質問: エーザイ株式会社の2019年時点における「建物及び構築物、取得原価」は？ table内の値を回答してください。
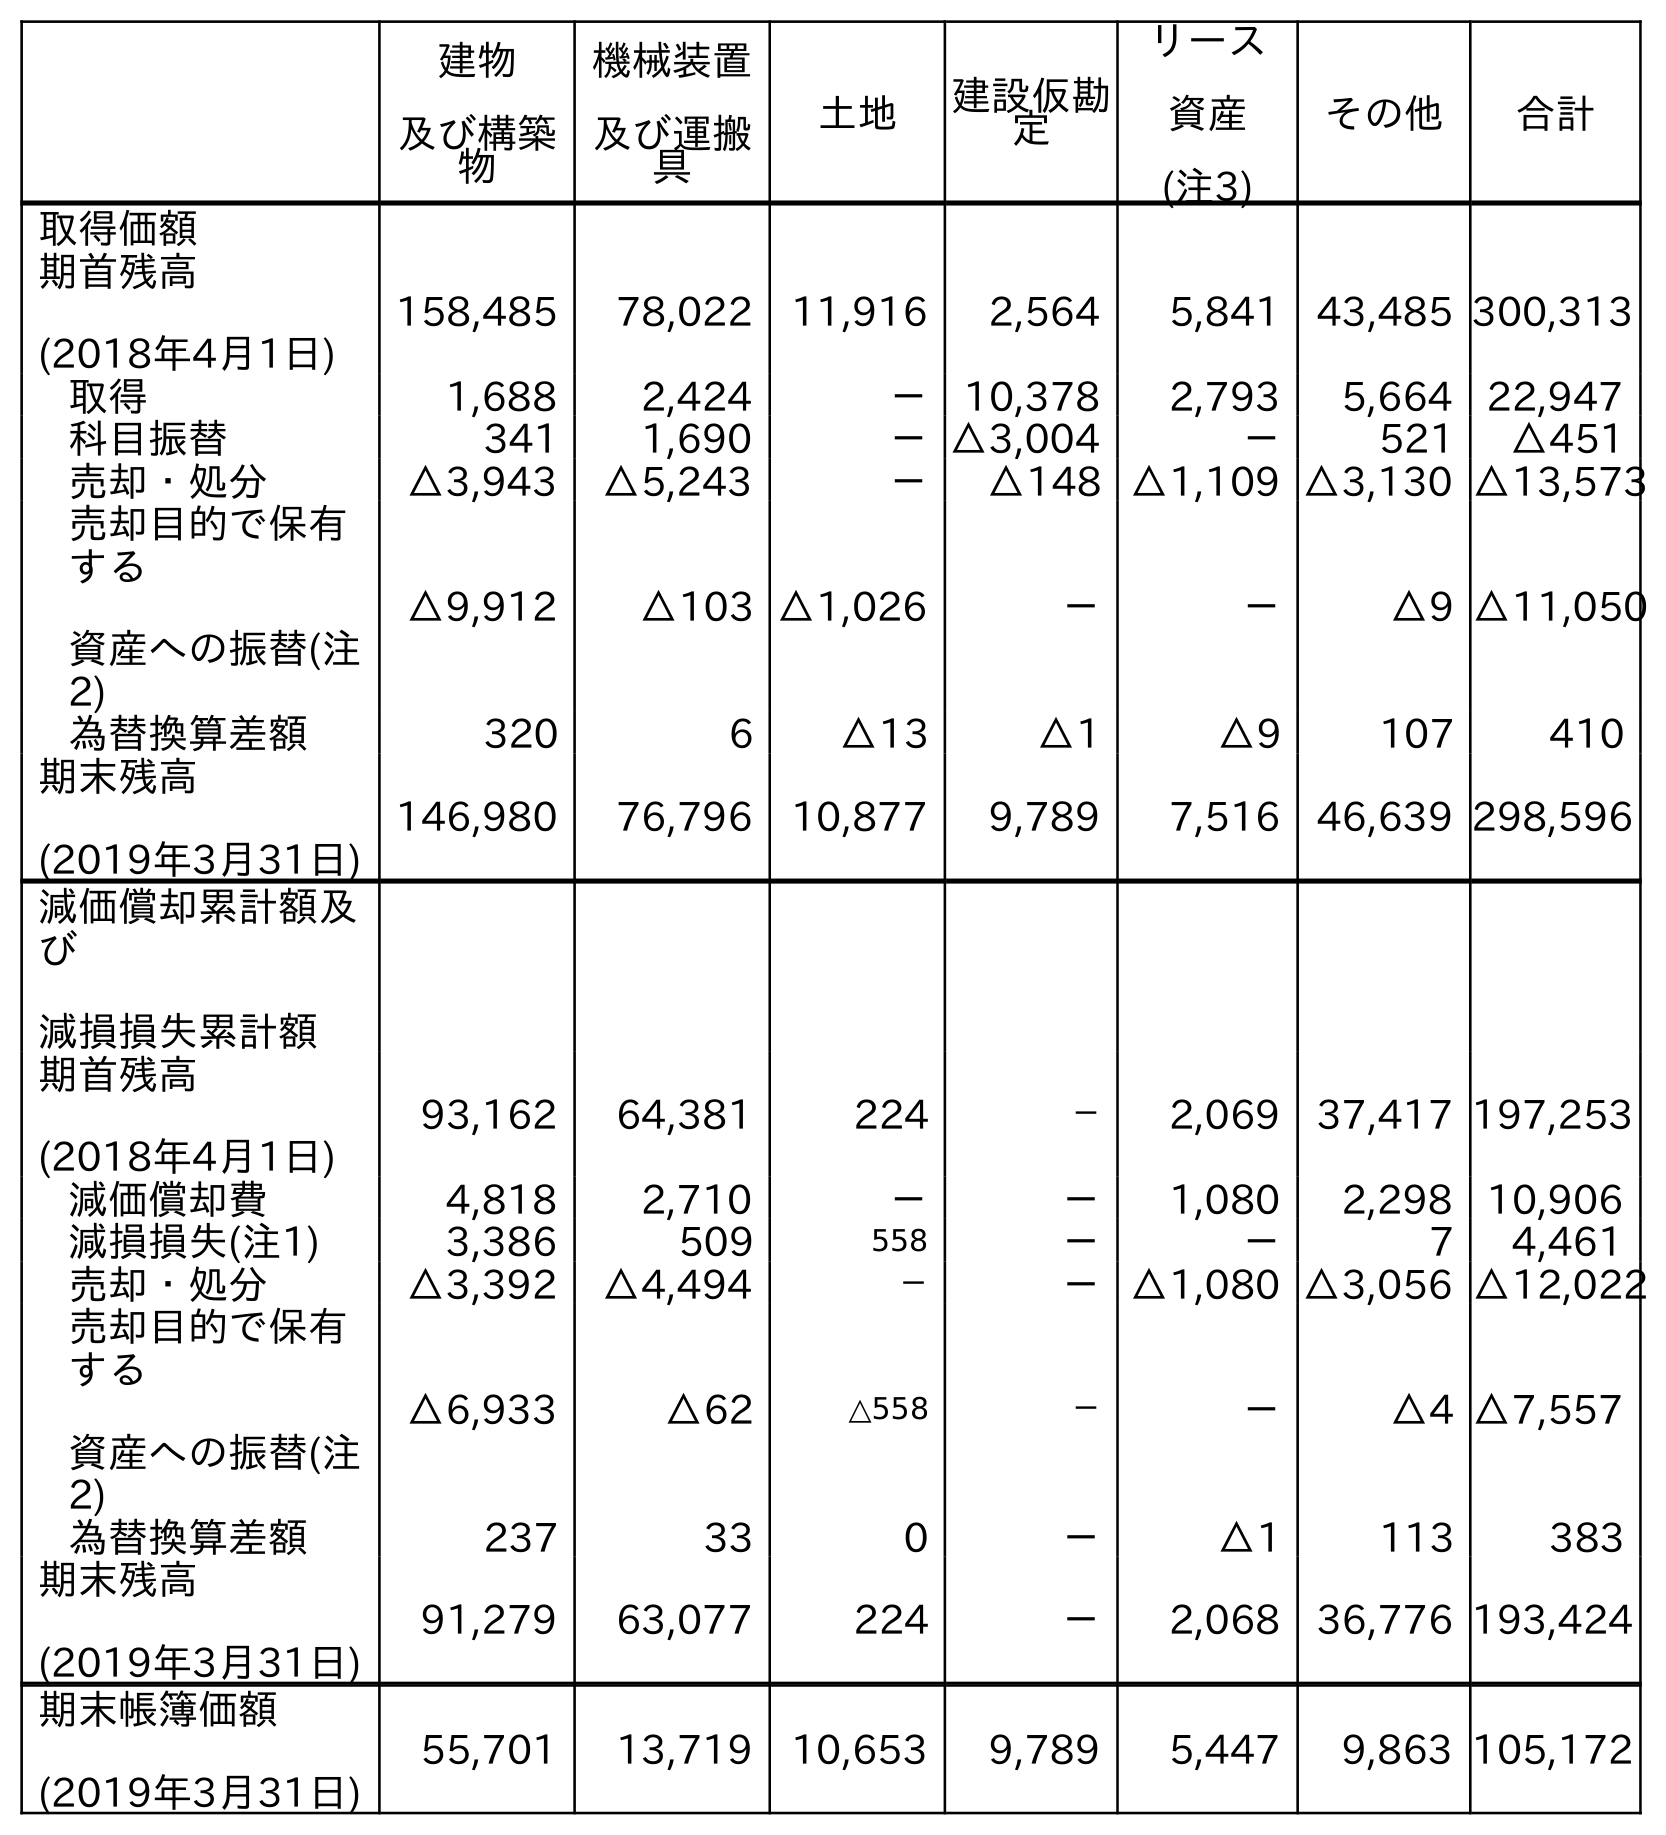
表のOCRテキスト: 建物 及び構築 物 機械装置 及び運搬 具 土地 建設仮勘 定 リース 資産 (注3) その他 合計 取得価額 期首残高 (2018年4月1日) 158,485 78,022 11,916 2,564 5,841 43,485 300,313 取得 1,688 2,424 － 10,378 2,793 5,664 22,947 科目振替 341 1,690 －△3,004 － 521 △451 売却・処分 △3,943 △5,243 － △148 △1,109 △3,130 △13,573 売却目的で保有 する 資産への振替(注 2) △9,912 △103 △1,026 － － △9 △11,050 為替換算差額 320 6 △13 △1 △9 107 410 期末残高 (2019年3月31日) 146,980 76,796 10,877 9,789 7,516 46,639 298,596 減価償却累計額及 び 減損損失累計額 期首残高 (2018年4月1日) 93,162 64,381 224 － 2,069 37,417 197,253 減価償却費 4,818 2,710 － － 1,080 2,298 10,906 減損損失(注1) 3,386 509 558 － － 7 4,461 売却・処分 △3,392 △4,494 － －△1,080 △3,056 △12,022 売却目的で保有 する 資産への振替(注 2) △6,933 △62 △558 － － △4 △7,557 為替換算差額 237 33 0 － △1 113 383 期末残高 (2019年3月31日) 91,279 63,077 224 － 2,068 36,776 193,424 期末帳簿価額 (2019年3月31日) 55,701 13,719 10,653 9,789 5,447 9,863 105,172
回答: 146,980